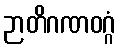
ဉာတိဂဏဝဂ္ဂံ